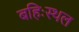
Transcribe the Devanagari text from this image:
बहिःस्थल